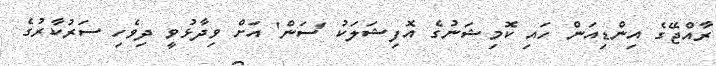
ރާއްޖޭގެ އިންޑިއަން ހައި ކޮމިޝަނުގެ އޮފިޝަލަކު 'ސަން' އަށް ވިދާޅުވީ ދިވެހި ސަރުކާރުގެ